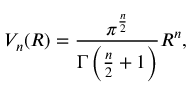
V _ { n } ( R ) = { \frac { \pi ^ { \frac { n } { 2 } } } { \Gamma \left( { \frac { n } { 2 } } + 1 \right) } } R ^ { n } ,